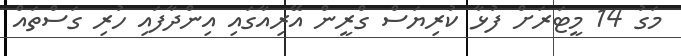
މަގު 14 މީޓަރަށް ފުޅާ ކުރިޔަސް ގްރީން އޭރިއާގައި އިންދާފައި ހުރި ގަސްތައް